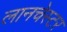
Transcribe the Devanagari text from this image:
लानचेस्टर